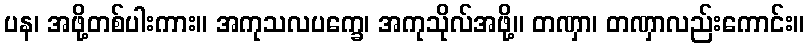
ပန၊ အဖို့တစ်ပါးကား။ အကုသလပက္ခေ၊ အကုသိုလ်အဖို့။ တဏှာ၊ တဏှာလည်းကောင်း။